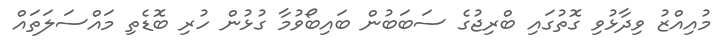
މުއިއްޒު ވިދާޅުވި ގޮތުގައި ބްރިޖުގެ ސަބަބުން ބައިބޯވުމާ ގުޅުން ހުރި ބޮޑެތި މައްސަލަތައް